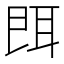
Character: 𦕁